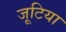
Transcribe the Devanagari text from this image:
जूटिया